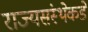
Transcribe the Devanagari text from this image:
राज्यसंस्थेकडे